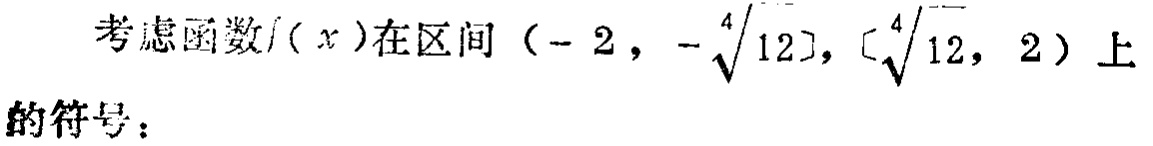
考虑函数\(f(x)\)在区间\((-2, -\sqrt[4]{12}], [\sqrt[4]{12}, 2)\)上的符号：